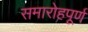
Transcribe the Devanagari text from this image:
समारोहपूर्ण